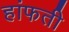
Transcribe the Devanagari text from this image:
हांफती